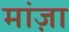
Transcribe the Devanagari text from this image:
मांज़ा